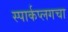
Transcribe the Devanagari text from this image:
स्पार्कप्लगचा